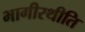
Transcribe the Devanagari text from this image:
भागीरथीति